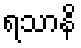
ရသာနိ